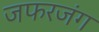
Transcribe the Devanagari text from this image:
जफरजंग